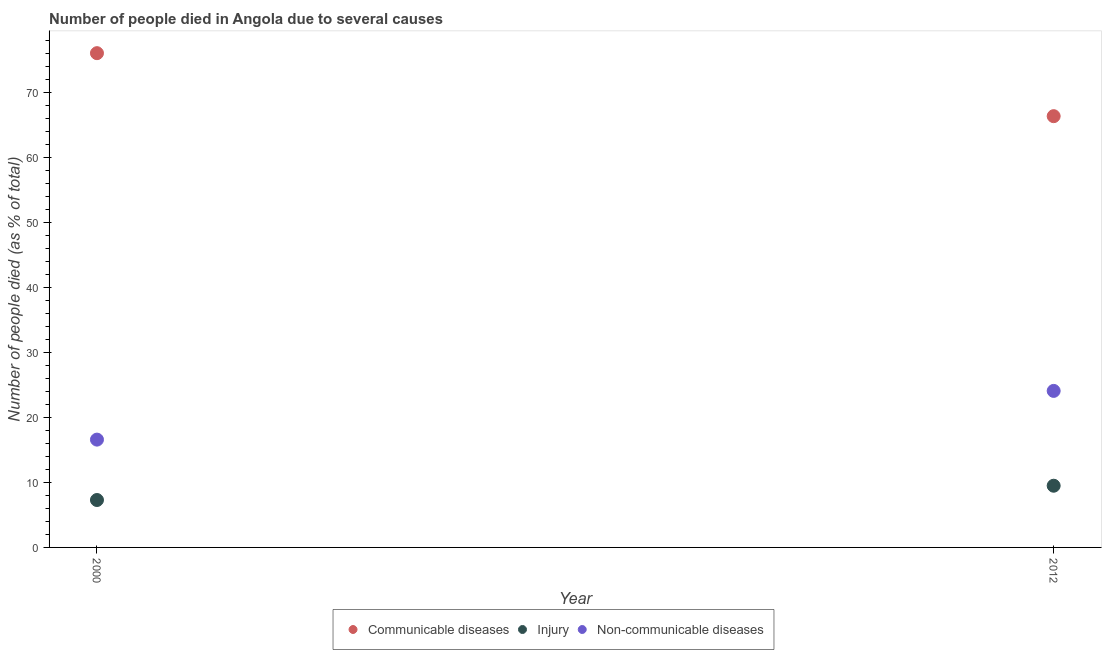
| Year | Communicable diseases | Injury | Non-communicable diseases |
 | --- | --- | --- | --- |
 | 2000 | 76.1 | 7.3 | 16.6 |
 | 2012 | 66.4 | 9.5 | 24.1 |